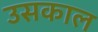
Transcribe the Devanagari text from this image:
उसकाल